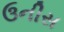
ઉનીસ